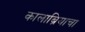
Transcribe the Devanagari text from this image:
कालाब्रियाचा